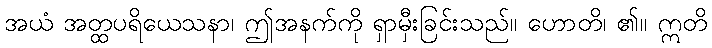
အယံ အတ္ထပရိယေသနာ၊ ဤအနက်ကို ရှာမှီးခြင်းသည်။ ဟောတိ၊ ၏။ ဣတိ